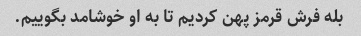
بله فرش قرمز پهن کردیم تا به او خوشامد بگوییم.